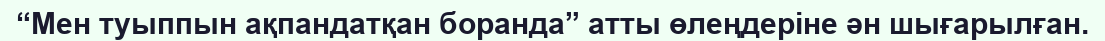
“Мен туыппын ақпандатқан боранда” атты өлеңдеріне ән шығарылған.